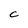
Character: C